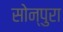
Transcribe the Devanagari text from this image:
सोन्पुरा